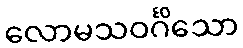
လောမသဝင်္ဂိသော